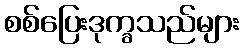
စစ်ပြေးဒုက္ခသည်များ